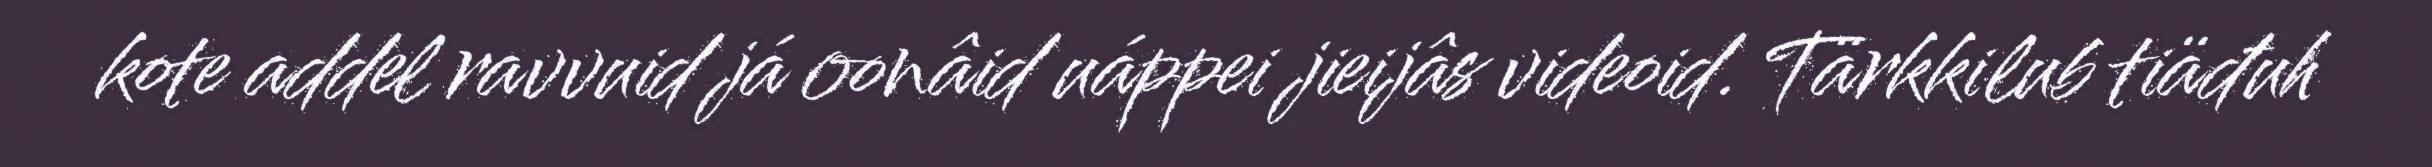
kote addel ravvuid já oonâid uáppei jieijâs videoid. Tärkkilub tiäđuh